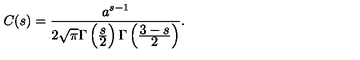
C ( s ) = \frac { a ^ { s - 1 } } { 2 \sqrt { \pi } \Gamma \left( \frac { \displaystyle s } { \displaystyle 2 } \right) \Gamma \left( \frac { \displaystyle 3 - s } { \displaystyle 2 } \right) } { . }